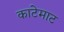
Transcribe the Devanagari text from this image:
काटेमाट